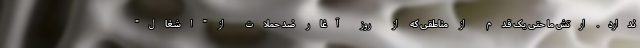
ندارد. ارتش ما حتی یک قدم از مناطقی که از روز آغار ضد حملات از "اشغال"